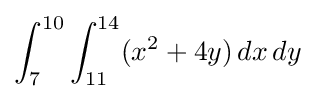
\int _{7}^{10}\int _{11}^{14}(x^{2}+4y)\,dx\,dy